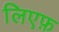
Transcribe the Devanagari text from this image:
लिएफ़